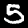
Digit: 5